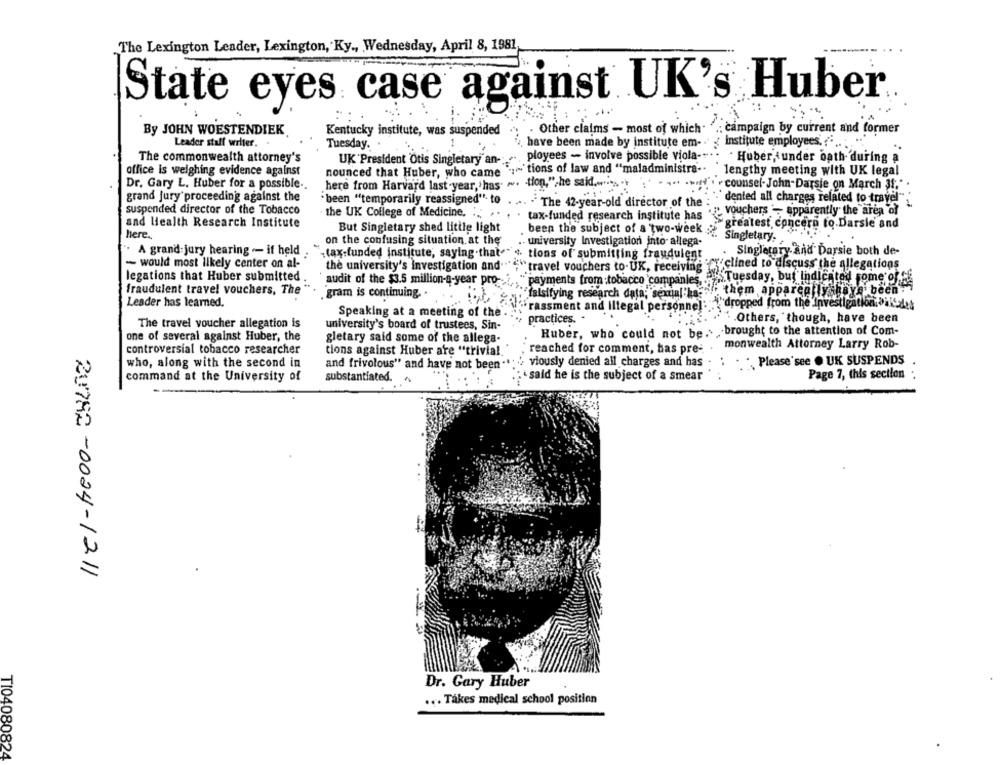
The Lexington Leader, Lexington, Ky ., Wednesday, April 8, 1981
State eyes case against UK's Huber
Other claims - most of which.
campaign by current and former
By JOHN WOESTENDIEK
Kentucky institute, was suspended
Leader staff writer.
Tuesday. .
have been made by institute em-
institute employees ...
The commonwealth attorney's
UK President Otis Singletary an-
ployees - involve possible viola-
Huber, under oath during a
tions of law and "maladministra -.
office is weighing evidence against
nounced that Huber, who came
lengthy meeting with UK legal
-tion,",he said ...
Dr. Gary L. Huber for a possible ..
here from Harvard last year,'has
counsel-John-Darsie on March 31." .
grand jury proceeding against the
'been "temporarily reassigned" to
dented all charges related to travel"."
The 42-year-old director of the
suspended director of the Tobacco
the UK College of Medicine.
vouchers - apparently the area of
tax-funded research institute has
and Health Research Institute
But Singletary shed little light
greatest concern to.Darsie and
here.
been the subject of a two-week . Singletary.
on the confusing situation at the
university Investigation into- allega-
" A grand jury hearing -- if held
Singletary and Darsie both de-
.tax-funded institute, saying .that."'s tions of submitting fraudulent
- would most likely center on al-
the university's investigation and.
"travel vouchers to.UK, receiving
rx clined to discuss the allegations
legations that Huber submitted
audit of the $3.5 million-a-year pro-
payments from :tobacco companies,
Tuesday, but Indicated some of f
fraudulent travel vouchers, The
them appareally have been
.gram is continuing. .
"falsifying research data; sexmal'ha-
Leader has learned.
"rassment and illegal personnel :
"dropped from the Investigation; ilSal
Speaking at a meeting of the
practices.
. . Others, though, have been
The travel voucher allegation is
university's board of trustees, Sin-
Huber, who could not be .. . brought to the attention of Com-
one of several against Huber, the
gletary said some of the allega-
monwealth Attorney Larry Rob-
controversial tobacco researcher
tions against Huber are "trivial.
reached for comment, has pre-
who, along with the second in
and frivolous" and have not been **
viously denied all charges and has
. Please see . UK SUSPENDS
said he is the subject of a smear
Page 7, this section :
command at the University of
substantiated.
20782-0024-1211
Dr. Gary Huber
... Tákes medical school position
TI04080824